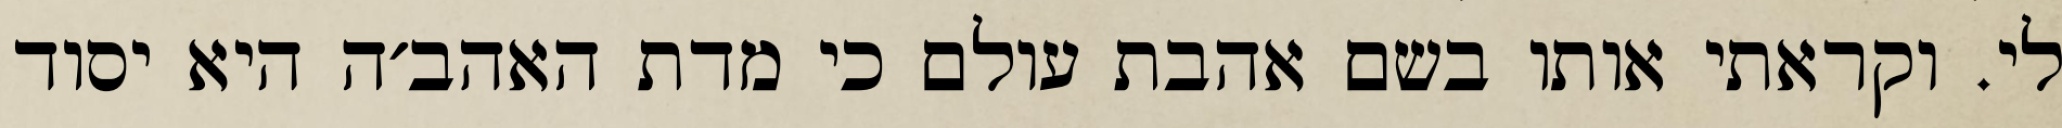
לי. וקראתי אותו בשם אהבת עולם כי מדת האהב׳ה היא יסוד